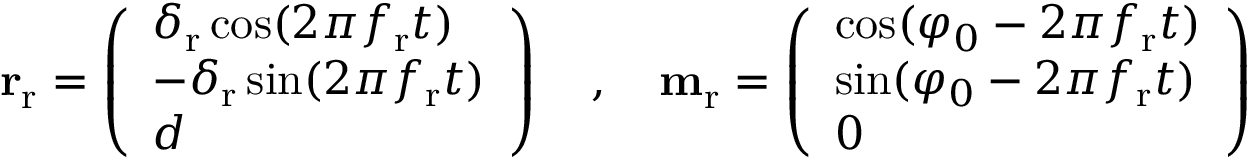
\begin{array} { r } { \mathbf { r } _ { \mathrm { r } } = \left( \begin{array} { l } { \delta _ { \mathrm { r } } \cos ( 2 \pi f _ { \mathrm { r } } t ) } \\ { - \delta _ { \mathrm { r } } \sin ( 2 \pi f _ { \mathrm { r } } t ) } \\ { d } \end{array} \right) \quad , \quad \mathbf { m } _ { \mathrm { r } } = \left( \begin{array} { l } { \cos ( \varphi _ { 0 } - 2 \pi f _ { \mathrm { r } } t ) } \\ { \sin ( \varphi _ { 0 } - 2 \pi f _ { \mathrm { r } } t ) } \\ { 0 } \end{array} \right) } \end{array}